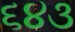
૬૪૩